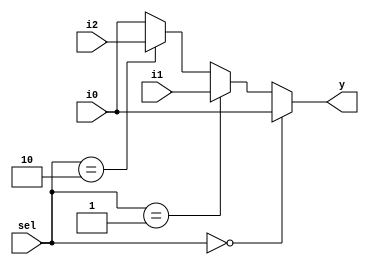
module mux3to1_32b (i0, i1, i2, sel, y);
  input [31:0] i0, i1, i2;
  input [1:0] sel;
  output [31:0] y;
  
  assign y = (sel == 2'b00) ? i0 : 
	     (sel == 2'b01) ? i1 :
	     (sel == 2'b10) ? i2 : i0;
  
endmodule